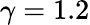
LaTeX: \gamma=1.2